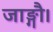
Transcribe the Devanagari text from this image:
जाङ्गौ।